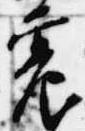
震